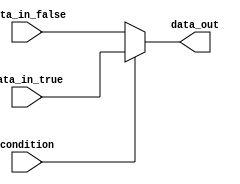
module conditional_block(
    input wire condition,
    input wire [7:0] data_in_true,
    input wire [7:0] data_in_false,
    output reg [7:0] data_out
);

always @(*) begin
    if(condition) begin
        data_out <= data_in_true;
    end else begin
        data_out <= data_in_false;
    end
end

endmodule